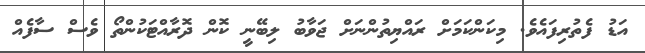
އަޑު ފެތުރިފައެވެ. މިކަންކަމަށް ރައްޔިތުންނަށް ޖަވާބު ލިބޭނީ ކޮން ދޮރާއްޓަކުންތޯ ވެސް ސާފެއް